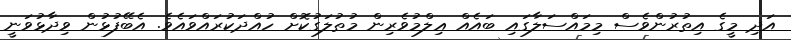
އަދި މީގެ އިތުރުންވެސް މިމައްސަލާގައި ބައެއް ޢިލްމުވެރިން މުޠުލަގުކޮށް ހުއްދަކުރައްވައެވެ. އެބޭފުޅުން ވިދާޅުވަނީ